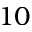
1 0